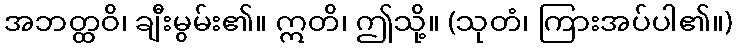
အဘတ္ထဝိ၊ ချီးမွမ်း၏။ ဣတိ၊ ဤသို့။ (သုတံ၊ ကြားအပ်ပါ၏။)